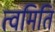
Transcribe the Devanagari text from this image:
त्वमिति